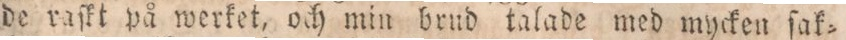
de raſkt på werket, och min brud talade med mycken ſak=